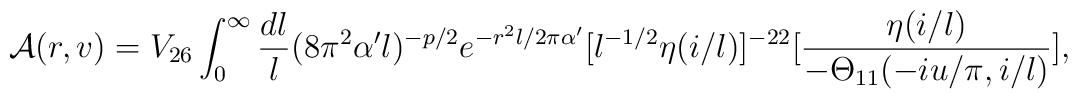
{\cal A}(r,v) = V_{26} \int_{0}^{\infty} {{dl}\over{l}}  (8\pi^2\alpha'l)^{-p/2} e^{-r^2l/2\pi\alpha'}    [l^{-1/2} \eta(i/l)]^{-22}[{{\eta(i/l)}\over{ - \Theta_{11}(-iu/\pi,i/l)}}],